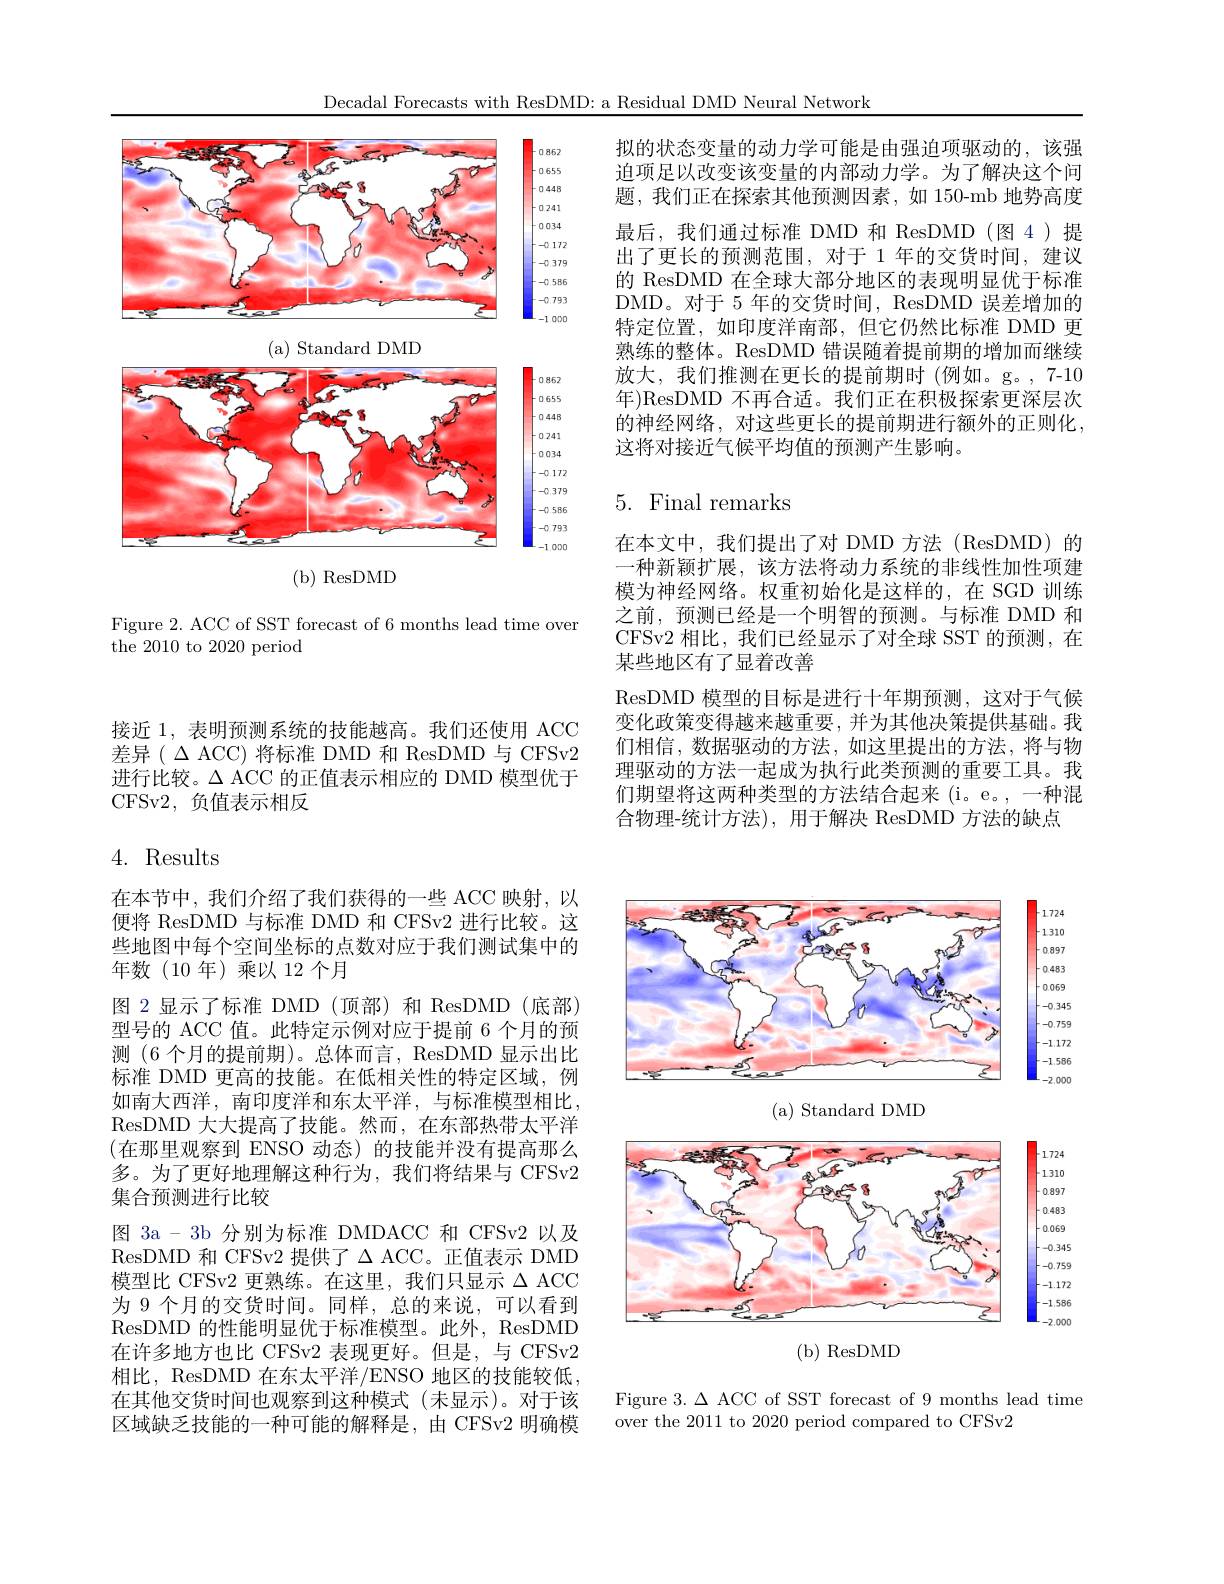
Decadal Forecasts with ResDMD: a Residual DMD Neural Network

<FigureHere>

Figure 2. ACC of SST forecast of 6 months lead time over
the 2010 to 2020 period

拟的状态变量的动力学可能是由强迫项驱动的，该强迫项足以改变该变量的内部动力学。为了解决这个问题，我们正在探索其他预测因素，如 150-mb 地势高度最后，我们通过标准 DMD 和 ResDMD(图4)提出了更长的预测范围，对于 1 年的交货时间，建议的 ResDMD 在全球大部分地区的表现明显优于标准DMD。对于 5 年的交货时间，ResDMD 误差增加的特定位置，如印度洋南部，但它仍然比标准 DMD 更熟练的整体。ResDMD 错误随着提前期的增加而继续放大，我们推测在更长的提前期时(例如。g。,7-10年)ResDMD 不再合适。我们正在积极探索更深层次的神经网络，对这些更长的提前期进行额外的正则化， 这将对接近气候平均值的预测产生影响。

# 5. Final remarks

在本文中，我们提出了对 DMD 方法(ResDMD)的一种新颖扩展，该方法将动力系统的非线性加性项建模为神经网络。权重初始化是这样的，在 SGD 训练之前，预测已经是一个明智的预测。与标准 DMD 和CFSv2 相比，我们已经显示了对全球 SST 的预测，在某些地区有了显着改善
ResDMD 模型的目标是进行十年期预测，这对于气候变化政策变得越来越重要，并为其他决策提供基础。我们相信，数据驱动的方法，如这里提出的方法，将与物理驱动的方法一起成为执行此类预测的重要工具。我们期望将这两种类型的方法结合起来 (i。e。,一种混合物理-统计方法), 用于解决 ResDMD 方法的缺点

接近 1, 表明预测系统的技能越高。我们还使用 ACC 差异($\Delta ACC)将标准 DMD 和 ResDMD 与 CFSv2$ 进行比较。$\Delta$ ACC 的正值表示相应的 DMD 模型优于CFSv2,负值表示相反

4. Results

在本节中，我们介绍了我们获得的一些 ACC 映射，以便将 ResDMD 与标准 DMD 和 CFSv2 进行比较。这些地图中每个空间坐标的点数对应于我们测试集中的年数(10 年)乘以 12 个月
图 2 显示了标准 DMD(顶部)和 ResDMD(底部) 型号的 ACC 值。此特定示例对应于提前 6 个月的预测(6 个月的提前期)。总体而言，ResDMD 显示出比标准 DMD 更高的技能。在低相关性的特定区域，例如南大西洋，南印度洋和东太平洋，与标准模型相比， ResDMD 大大提高了技能。然而，在东部热带太平洋(在那里观察到 ENSO 动态)的技能并没有提高那么多。为了更好地理解这种行为，我们将结果与 CFSv2集合预测进行比较
图 3a - 3b 分别为标准 DMDACC 和 CFSv2 以及ResDMD 和 CFSv2 提供了$\Delta$ ACC。正值表示 DMD 模型比 CFSv2 更熟练。在这里，我们只显示$\Delta$ ACC 为 9 个月的交货时间。同样，总的来说，可以看到ResDMD 的性能明显优于标准模型。此外，ResDMD 在许多地方也比 CFSv2 表现更好。但是，与 CFSv2相比，ResDMD 在东太平洋/ENSO 地区的技能较低， 在其他交货时间也观察到这种模式(未显示)。对于该区域缺乏技能的一种可能的解释是，由 CFSv2 明确模

<FigureHere>

Figure 3. $\Delta$ ACC of SST forecast of 9 months lead time
over the 2011 to 2020 period compared to CFSv2